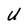
Character: U